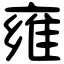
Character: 雍